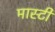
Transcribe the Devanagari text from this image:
मास्टी